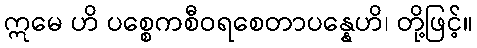
ဣမေ ဟိ ပစ္စေကစီဝရစေတာပန္နေဟိ၊ တို့ဖြင့်။